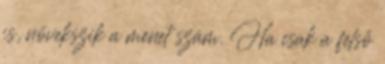
is, növekszik a menet szám. Ha csak a felső